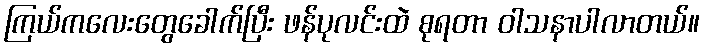
ကြယ်ကလေးတွေခေါက်ပြီး ဖန်ပုလင်းထဲ စုရတာ ဝါသနာပါလာတယ်။